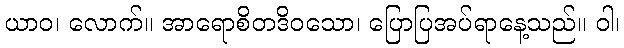
ယာဝ၊ လောက်။ အာရောစိတဒိဝသော၊ ပြောပြအပ်ရာနေ့သည်။ ဝါ၊